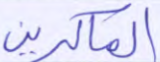
الماكرين